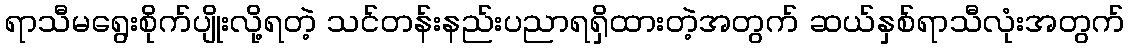
ရာသီမရွေးစိုက်ပျိုးလို့ရတဲ့ သင်တန်းနည်းပညာရရှိထားတဲ့အတွက် ဆယ်နှစ်ရာသီလုံးအတွက်